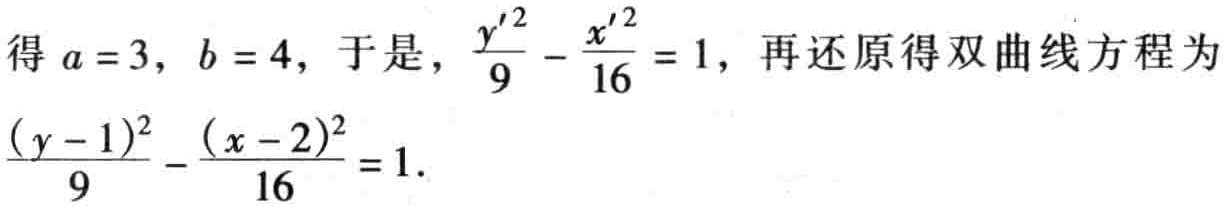
得 \(a = 3\), \(b = 4\), 于是, \(\frac{y'^{2}}{9}-\frac{x'^{2}}{16}=1\), 再还原得双曲线方程为\(\frac{(y - 1)^{2}}{9}-\frac{(x - 2)^{2}}{16}=1\).